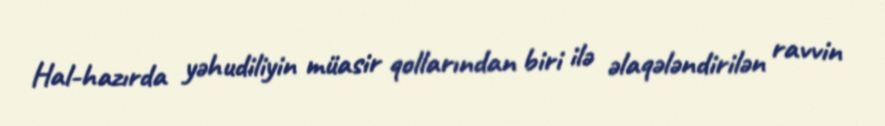
Hal-hazırda yəhudiliyin müasir qollarından biri ilə əlaqələndirilən ravvin